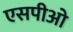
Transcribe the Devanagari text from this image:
एसपीओ